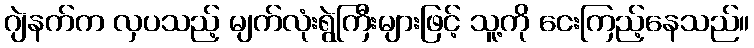
ဂျဲနက်က လှပသည့် မျက်လုံးရွဲကြီးများဖြင့် သူ့ကို ငေးကြည့်နေသည်။